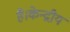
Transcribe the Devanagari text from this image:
है।केन्द्रीय